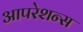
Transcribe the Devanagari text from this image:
आपरेशन्स